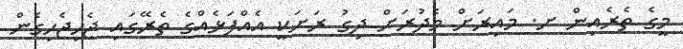
މީގެ ތެރެއިން ށ. މައިރަށް މެދުރަށް ދިގު ރަށަކީ އެއްފަޅެއްގެ ތެރޭގައި ޖެހިޖެހިގެން